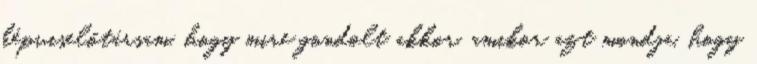
képviselőtársam, hogy mire gondolt akkor, amikor azt mondja, hogy